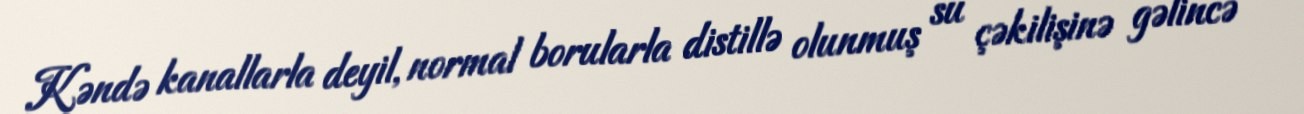
Kəndə kanallarla deyil, normal borularla distillə olunmuş su çəkilişinə gəlincə